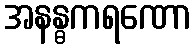
အနန္ဓကရဏော